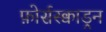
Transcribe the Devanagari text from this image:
फ़ोर्सस्क्वाड्रन